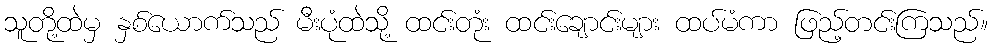
သူတို့ထဲမှ နှစ်ယောက်သည် မီးပုံထဲသို့ ထင်းတုံး ထင်းချောင်းများ ထပ်မံကာ ဖြည့်တင်းကြသည်။